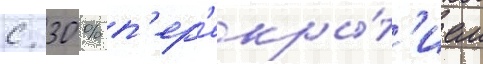
с 30 % п'ер'екры́т'ием